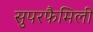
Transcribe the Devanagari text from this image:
सुपरफैमिली